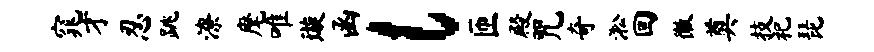
窕才忍跳潦麾唯璇函l匝殿咒奇淞回徽奠技祀琵